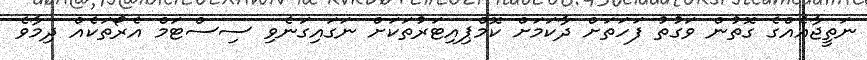
ނަތީޖާއެއްގެ ގޮތުން ވަގުތު ފަހަތަށް ދާކަމަށް ކޮމްޕިއިޓަރުތަކަށް ނަގައިގަނެވި ސިސްޓަމް އެރޯތަކެއް ދިމާވެ